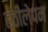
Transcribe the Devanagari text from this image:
हठीलेपन